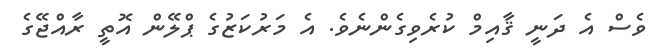
ވެސް އެ ދަނީ ޤާއިމް ކުރެވިގެންނެވެ. އެ މަރުކަޒުގެ ޕްލޭން އޮތީ ރާއްޖޭގެ